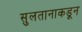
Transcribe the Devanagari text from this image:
सुलतानाकडून